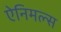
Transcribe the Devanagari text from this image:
ऐनिमल्स